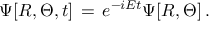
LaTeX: \Psi [ R , \Theta , t ] \, = \, e ^ { - i E t } \Psi [ R , \Theta ] \, .